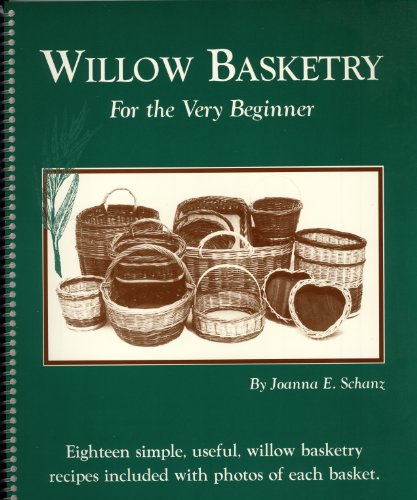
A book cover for Willow Basketry for the Very Beginner; Joanna E. Schanz; Crafts, Hobbies & Home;